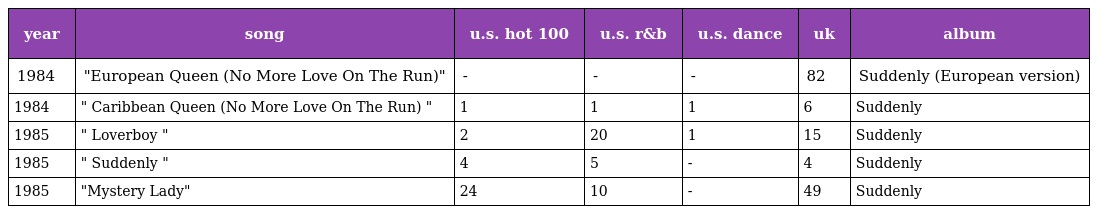
| year | song | u.s. hot 100 | u.s. r&b | u.s. dance | uk | album |
 | --- | --- | --- | --- | --- | --- | --- |
 | 1984 | "European Queen (No More Love On The Run)" | - | - | - | 82 | Suddenly (European version) |
 | 1984 | " Caribbean Queen (No More Love On The Run) " | 1 | 1 | 1 | 6 | Suddenly |
 | 1985 | " Loverboy " | 2 | 20 | 1 | 15 | Suddenly |
 | 1985 | " Suddenly " | 4 | 5 | - | 4 | Suddenly |
 | 1985 | "Mystery Lady" | 24 | 10 | - | 49 | Suddenly |